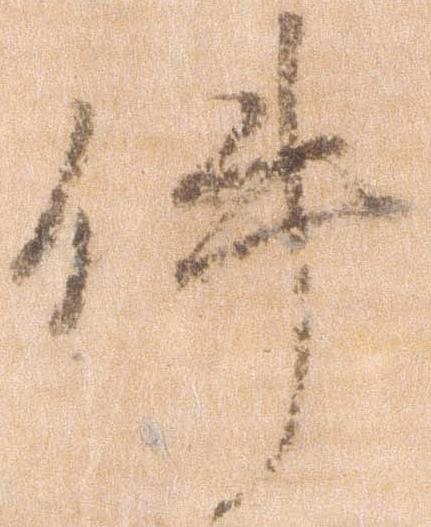
件